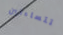
تتساءلين